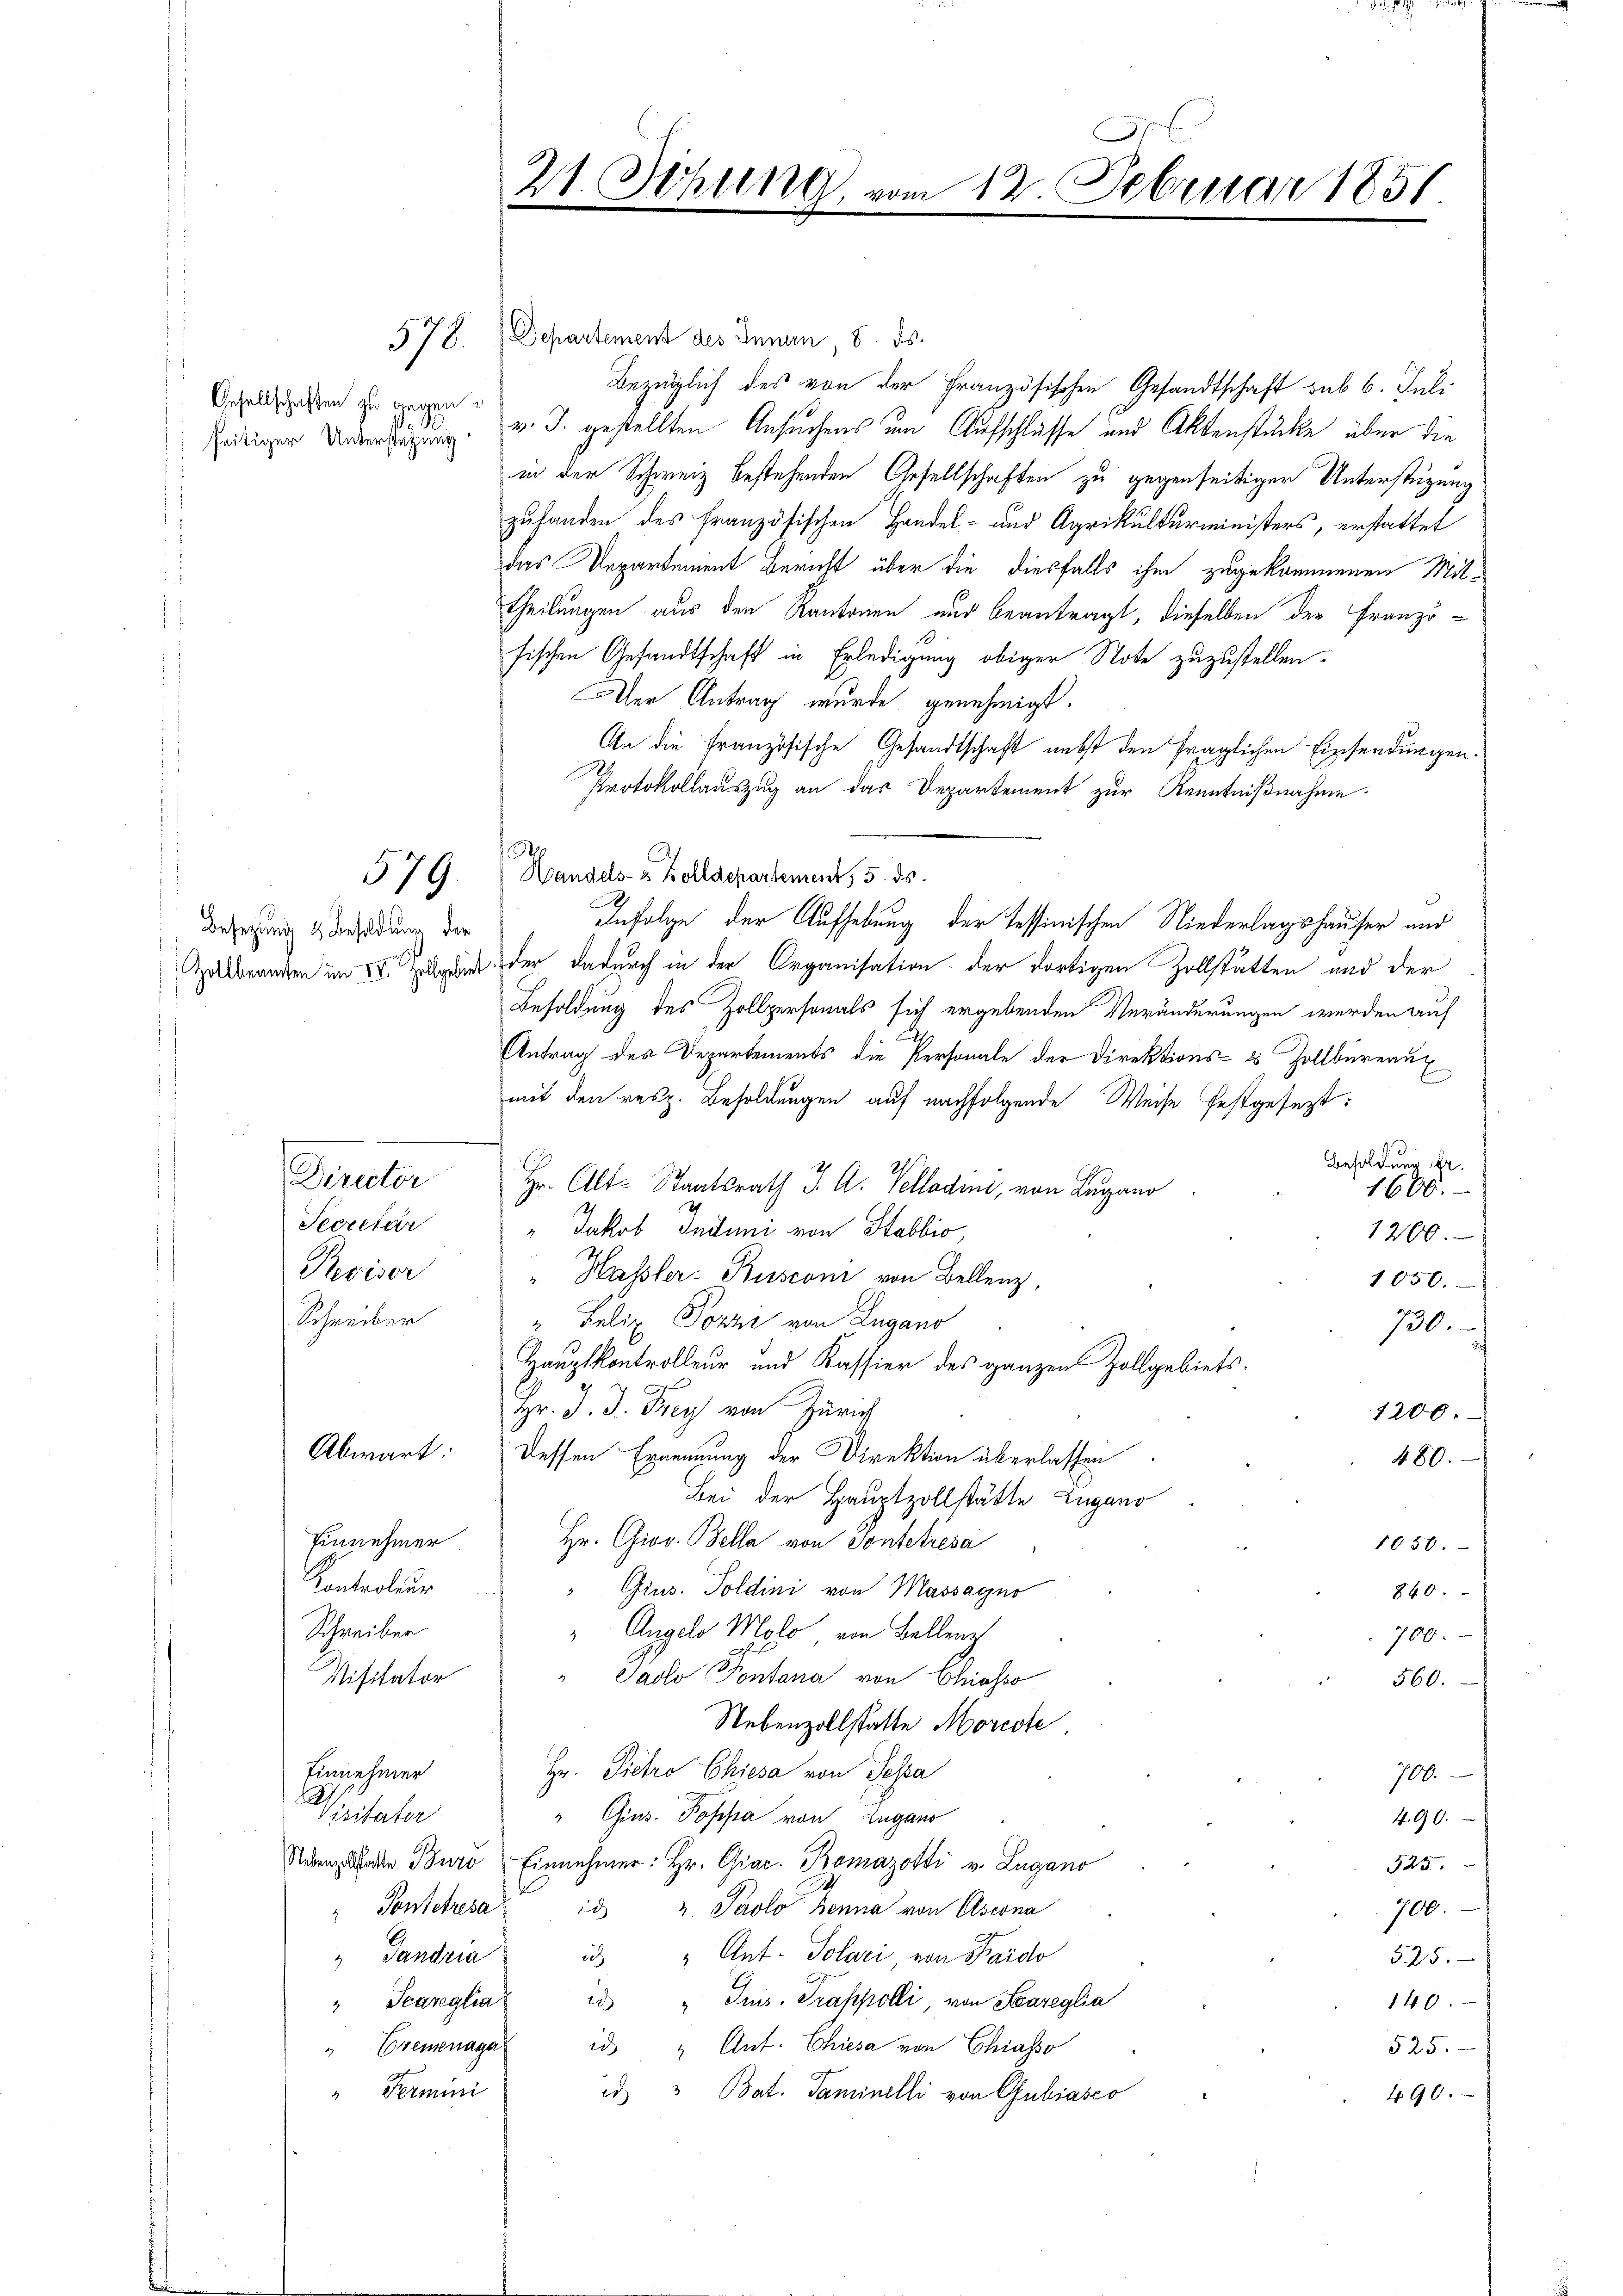
Gesellschaften zu gegen
1

Besetzung & Besoldung der

578. Departement des Innen, 8. ds.
Bezüglich des von der Französischen Gesandtschaft sub 6. Juli
ädiger Unterzigung v. J. gestellten Ansuchens um Aufschlüsse und Aktenstücke über die
in der Schweiz bestehenden Gesellschaften zu gegenseitiger Unterstützung
zuhanden des französischen Handel- und Agrikulturministers, erstattet
das Departement Bericht über die diesfalls ihm zugekommenen Mittheilungen aus den Kantonen und beantragt, dieselben der Franzö-
fischen Gesandtschaft in Erledigung obiger Note zuzustellen.
Der Antrag wurde genehmigt.
An die Französische Gesandtschaft nebst den fraglichen Einsendungen.
Protokollauszug an das Departement zur Kenntnißnahme.
Handels- & Zolldepartement, 5. ds.
2
Zalbranden im   der dadurch in der Organisation der dortigen Zollstatten und der
Besoldung des Zollpersonals sich ergebenden Veränderungen werden auf
Antrag des Departements die Personale der Direktions- & Zollbureau
mit den resp. Besoldungen auf nachfolgende Weise festgesezt:
Besoldung Dr.
Director Hr. Alt-Staatsrath J. A. Kolladen, von Lugano
1600.
Secretär
" Jakob Induni von Stabbio,
1200.
Reviser
" Hasler. Busconi von Bellenz,
1850.
Schreiber
"Felix Torni von Lugano
730.
Hauptkontrolleur und Kassier des ganzen Zollgebiets-
Hr. J. J. Frey von Zürich
1200.
Abwart:
Dessen Ernennung der Direktion überlassen
480.
Bei der Hauptzollstätte Zugano
Einnehmer
Hr. Giov. Bella von Ponteresa
1050.
Kontroleur
" Gius. Soldini von Massagno
840.
Schreiber
 Angelo Molo, von Bellenz
700.
Padlo Pontana von Chiasso
Visitator
 560.
Nebenzollstatte Morcote
Hr. Pietro Chiesa von Jessa
Einnehmer
700.
Wisitater
" Gius. Poppa von Zugano
490.
Reben hatte Buro Einnehmer: Hr. Giac. Bomazotti v. Lugano
525
Ponteresa
700.
id " Paolo Zenna von Ascona
h
id " Ant. Solari, von Pardo
 Gandria
525.
" Scareglia in " Juis. Trappolli von Sareglia
140.
" Cremenager id " Ant. Chiesa von Chiasso
525.
"Fermini
id " Bat. Saminelli von Gubiasco
490.

579.

21. Sitzung, vom 12. Februar 1851

Infolge der Aufhebung der Tessinischen Niederlagshauser und